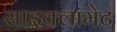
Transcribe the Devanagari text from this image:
साइक्लामेट